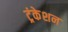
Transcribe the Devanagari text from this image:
ट्रंकेशन